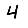
Digit: 4